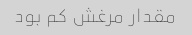
مقدار مرغش کم بود